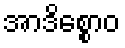
အာဒိစ္စောဝ